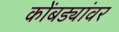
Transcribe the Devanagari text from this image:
कोंबड्यांवर